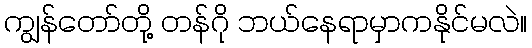
ကျွန်တော်တို့ တန်ဂို ဘယ်နေရာမှာကနိုင်မလဲ။